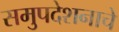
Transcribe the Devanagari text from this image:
समुपदेशनाचे